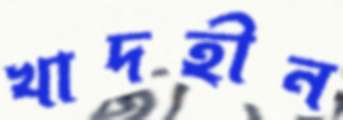
খাদহীন